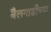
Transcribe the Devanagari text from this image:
बैलगाडीच्या